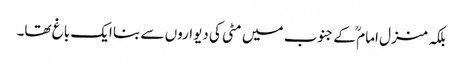
بلکہ منزل امام ؒ کے جنوب میں مٹی کی دیواروں سے بنا ایک باغ تھا۔